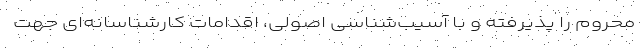
محروم را پذیرفته و با آسیب‌شناسی اصولی، اقدامات کارشناسانه‌ای جهت